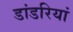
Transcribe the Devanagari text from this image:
डांडरियां